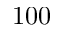
1 0 0